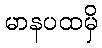
မာနပထမှိ